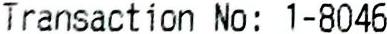
TRANSACTION NO: 1-8046